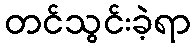
တင်သွင်းခဲ့ရာ